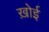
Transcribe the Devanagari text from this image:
ख़ोई